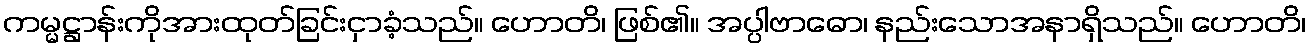
ကမ္မဋ္ဌာန်းကိုအားထုတ်ခြင်းငှာခံ့သည်။ ဟောတိ၊ ဖြစ်၏။ အပ္ပါဗာဓော၊ နည်းသောအနာရှိသည်။ ဟောတိ၊